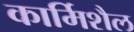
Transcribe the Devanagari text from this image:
कार्मिशैल